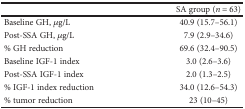
<table><thead><tr><td></td><td><b>SA group (<i>n</i> = 63)</b></td></tr></thead><tbody><tr><td>Baseline GH, <i>μ</i>g/L</td><td>40.9 (15.7–56.1)</td></tr><tr><td>Post-SSA GH, <i>μ</i>g/L</td><td>7.9 (2.9–34.6)</td></tr><tr><td>% GH reduction</td><td>69.6 (32.4–90.5)</td></tr><tr><td>Baseline IGF-1 index</td><td>3.0 (2.6–3.6)</td></tr><tr><td>Post-SSA IGF-1 index</td><td>2.0 (1.3–2.5)</td></tr><tr><td>% IGF-1 index reduction</td><td>34.0 (12.6–54.3)</td></tr><tr><td>% tumor reduction</td><td>23 (10–45)</td></tr></tbody></table>